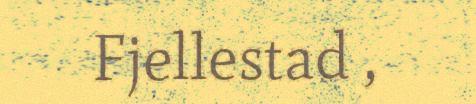
Fjellestad ,